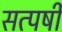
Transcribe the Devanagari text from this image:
सत्पर्षी